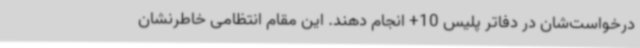
درخواست‌شان در دفاتر پلیس 10+ انجام دهند. این مقام انتظامی خاطرنشان